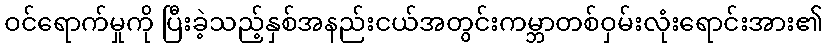
ဝင်ရောက်မှုကို ပြီးခဲ့သည့်နှစ်အနည်းငယ်အတွင်းကမ္ဘာတစ်ဝှမ်းလုံးရောင်းအား၏